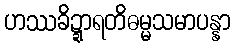
ဟဿခိဍ္ဍာရတိဓမ္မသမာပန္နာ